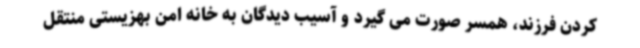
کردن فرزند، همسر صورت می گیرد و آسیب دیدگان به خانه امن بهزیستی منتقل